Assam Mental Hospital (Tezpur, India) - 1933-1948
Year: 1933
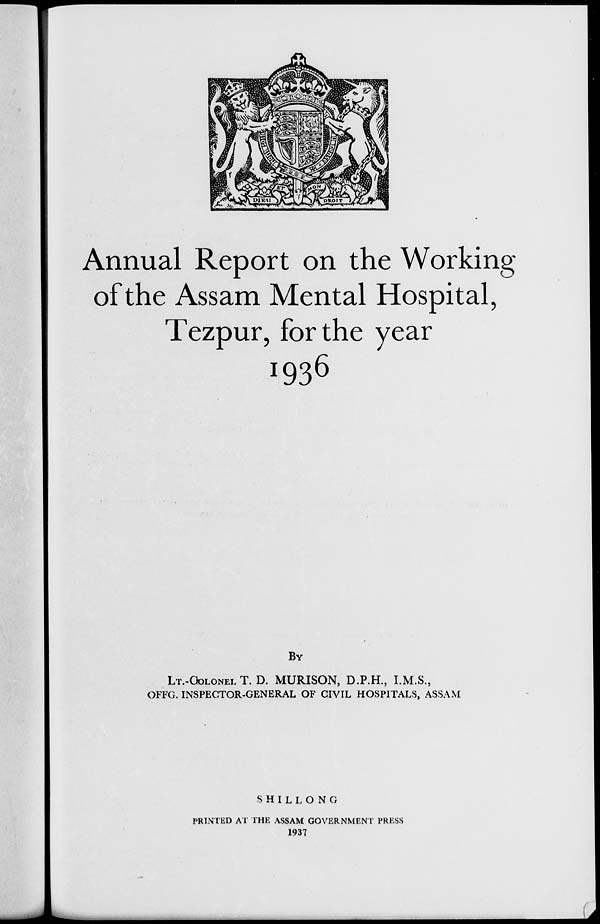
Annual Report on the Working
of the Assam Mental Hospital,
Tezpur, for the year
1936
BY
LT.-COLONEL T. D. MURISON, D.P.H., I.M.S.,
OFFG. INSPECTOR-GENERAL OF CIVIL HOSPITALS, ASSAM
SHILLONG
PRINTED AT THE ASSAM GOVERNMENT PRESS
1937